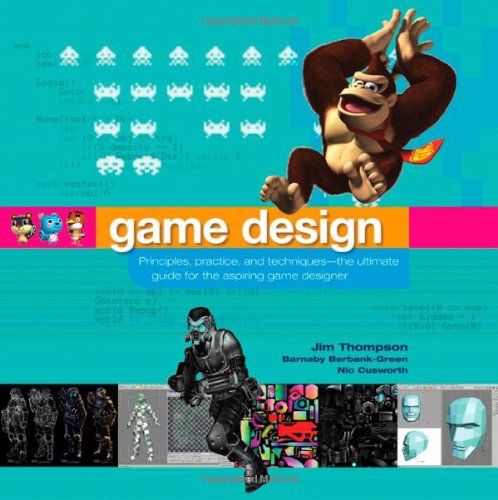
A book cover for Game Design: Principles, Practice, and Techniques - The Ultimate Guide for the Aspiring Game Designer; Jim Thompson; Computers & Technology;